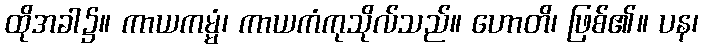
ထိုအခါ၌။ ကာယကမ္မံ၊ ကာယကံကုသိုလ်သည်။ ဟောတိ၊ ဖြစ်၏။ ပန၊